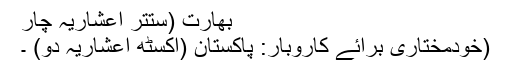
بھارت (ستتر اعشاریہ چار
(خودمختاری برائے کاروبار: پاکستان (اکسٹھ اعشاریہ دو) ۔